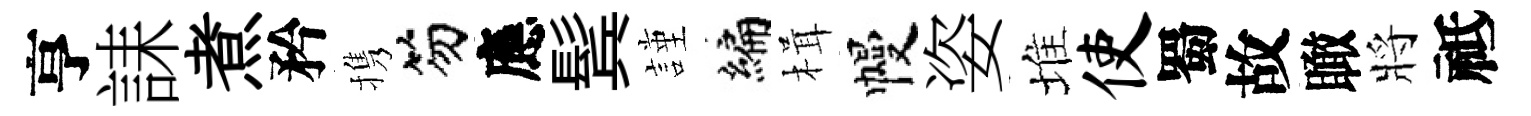
亨誄煮矜携笏應鬂謹编楫幔姿堆使蜀故瞰將祗